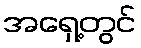
အရှေ့တွင်